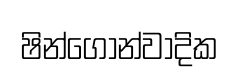
ෂින්ගොන්වාදික